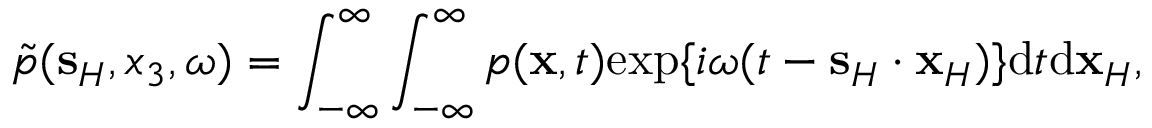
\tilde { p } ( { \bf s } _ { H } , x _ { 3 } , \omega ) = \int _ { - \infty } ^ { \infty } \int _ { - \infty } ^ { \infty } p ( { \bf x } , t ) \mathrm { e x p } \{ i \omega ( t - { \bf s } _ { H } \cdot { \bf x } _ { H } ) \} \mathrm { d } t \mathrm { d } { \bf x } _ { H } ,